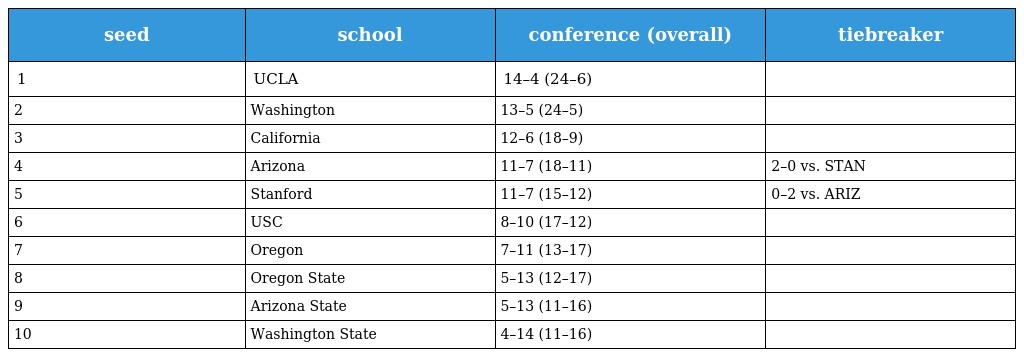
| seed | school | conference (overall) | tiebreaker |
 | --- | --- | --- | --- |
 | 1 | UCLA | 14–4 (24–6) |  |
 | 2 | Washington | 13–5 (24–5) |  |
 | 3 | California | 12–6 (18–9) |  |
 | 4 | Arizona | 11–7 (18–11) | 2–0 vs. STAN |
 | 5 | Stanford | 11–7 (15–12) | 0–2 vs. ARIZ |
 | 6 | USC | 8–10 (17–12) |  |
 | 7 | Oregon | 7–11 (13–17) |  |
 | 8 | Oregon State | 5–13 (12–17) |  |
 | 9 | Arizona State | 5–13 (11–16) |  |
 | 10 | Washington State | 4–14 (11–16) |  |